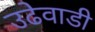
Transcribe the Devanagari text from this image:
उढेवाडी